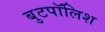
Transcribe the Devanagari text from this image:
बुटपॉलिश